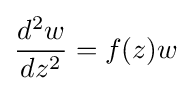
{\frac {d^{2}w}{dz^{2}}}=f(z)w